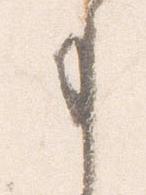
事